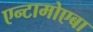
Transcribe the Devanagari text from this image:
एन्टामोएबा